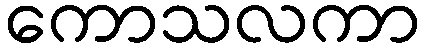
ကောသလကာ